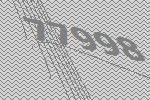
77998